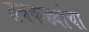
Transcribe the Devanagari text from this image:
तबकड्यांचा